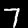
Digit: 7